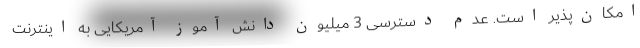
امکان‌پذیر است. عدم دسترسی 3 میلیون دانش آموز آمریکایی به اینترنت